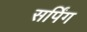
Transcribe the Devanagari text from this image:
सर्पिंग